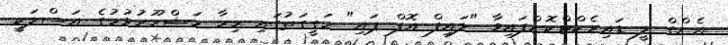
އެންގް ލީ ޑައިރެކްޓްކޮށްފައިވާ "ލައިފް އޮފް ޕައި" ހަގީގަތުގައި މިހާ މަޝްހޫރުވުމުގެ އަސްލަކީ